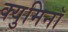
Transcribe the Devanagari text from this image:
क्युमिनॉ